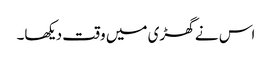
اس نے گھڑی میں وقت دیکھا۔